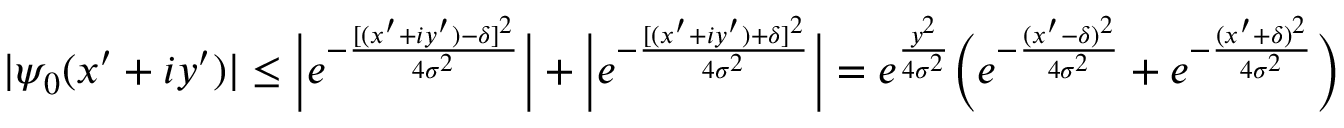
\begin{array} { r } { | \psi _ { 0 } ( x ^ { \prime } + i y ^ { \prime } ) | \leq \Big | e ^ { - \frac { [ ( x ^ { \prime } + i y ^ { \prime } ) - \delta ] ^ { 2 } } { 4 \sigma ^ { 2 } } } \Big | + \Big | e ^ { - \frac { [ ( x ^ { \prime } + i y ^ { \prime } ) + \delta ] ^ { 2 } } { 4 \sigma ^ { 2 } } } \Big | = e ^ { \frac { y ^ { 2 } } { 4 \sigma ^ { 2 } } } \Big ( e ^ { - \frac { ( x ^ { \prime } - \delta ) ^ { 2 } } { 4 \sigma ^ { 2 } } } + e ^ { - \frac { ( x ^ { \prime } + \delta ) ^ { 2 } } { 4 \sigma ^ { 2 } } } \Big ) } \end{array}